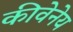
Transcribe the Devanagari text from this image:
कीवेनेय